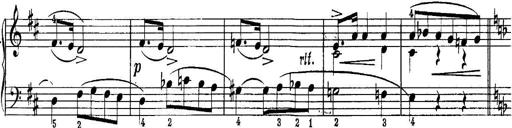
Title: Quatres sonatines
Composer: Tadeusz Joteyko